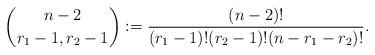
LaTeX: \begin{align*}{n-2 \choose r_1-1,r_2-1} := \frac{(n-2)!}{(r_1-1)!(r_2-1)!(n-r_1-r_2)!}.\end{align*}